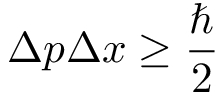
\Delta p \Delta x \geq { \frac { \hbar } { 2 } }